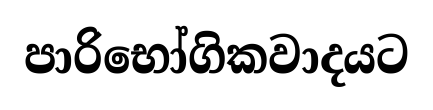
පාරිභෝගිකවාදයට